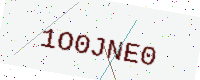
Text: 1O0JNE0